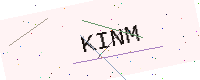
Text: KINM